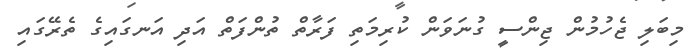
މިބަލި ޖެހުމުން ޖިންސީ ގުނަވަން ކުރިމަތި ފަރާތް ތުންފަތް އަދި އަނގައިގެ ތެރޭގައި